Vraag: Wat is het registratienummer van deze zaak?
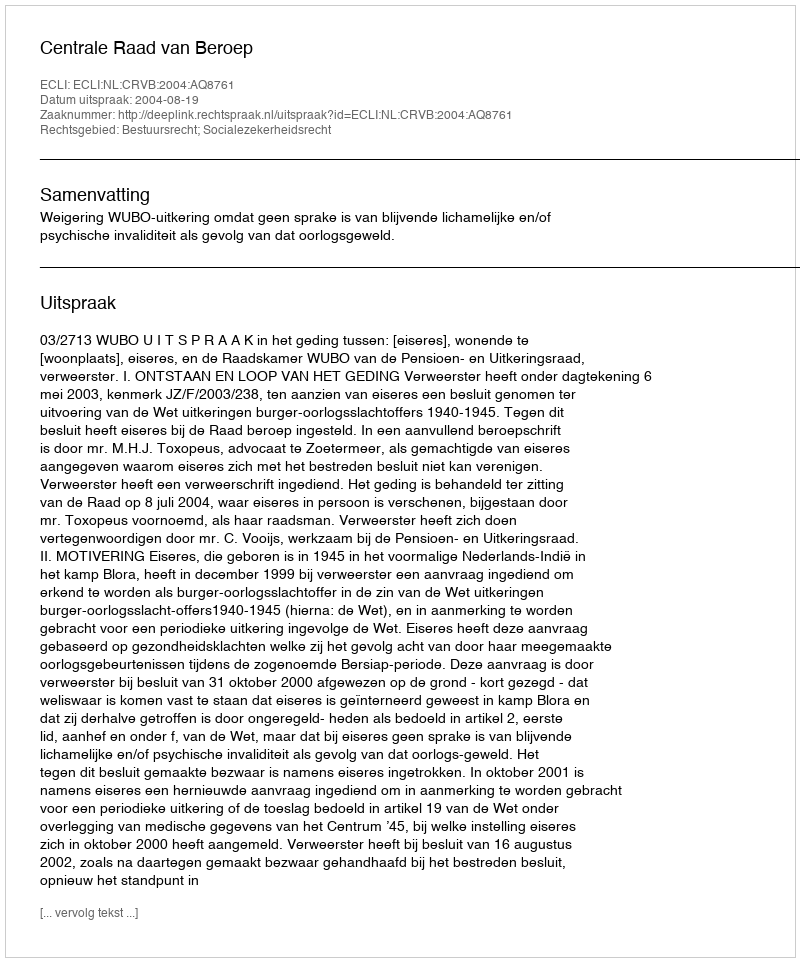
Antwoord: http://deeplink.rechtspraak.nl/uitspraak?id=ECLI:NL:CRVB:2004:AQ8761